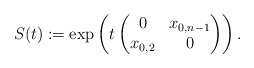
\begin{align*}S(t) := \exp \left( t \begin{pmatrix}0 & x_{0,n-1} \\ x_{0,2} & 0\end{pmatrix} \right). \end{align*}